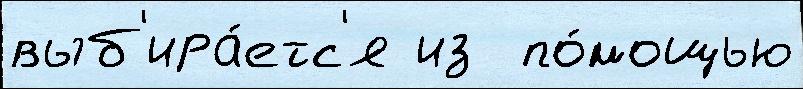
выб'ира́етс'я из  по́мощью